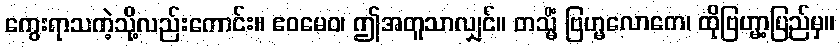
ကွေးရာသကဲ့သို့လည်းကောင်း။ ဧဝမေဝ၊ ဤအတူသာလျှင်။ တသ္မိံ ဗြဟ္မလောကေ၊ ထိုဗြဟ္မာ့ပြည်မှ။